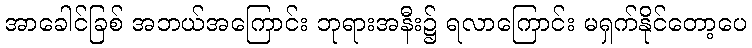
အာခေါင်ခြစ် အဘယ်အကြောင်း ဘုရားအနီး၌ ရလာကြောင်း မရှက်နိုင်တော့ပေ